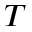
T